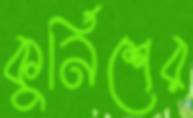
কুর্নিশের